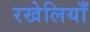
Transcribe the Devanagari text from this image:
रखेलियाँ